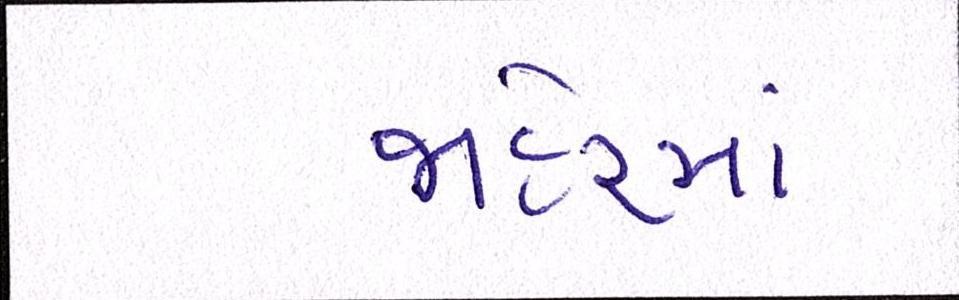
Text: જાહેરમાં